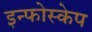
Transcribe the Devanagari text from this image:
इन्फोस्केप